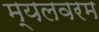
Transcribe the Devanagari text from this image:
म्यलवरम